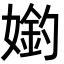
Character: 𡠶